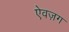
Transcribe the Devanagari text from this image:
ऐवज़ग